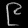
Digit: ၉